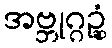
အဗ္ဘုဂ္ဂဉ္ဆုံ